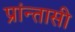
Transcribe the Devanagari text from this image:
प्रांन्तासी